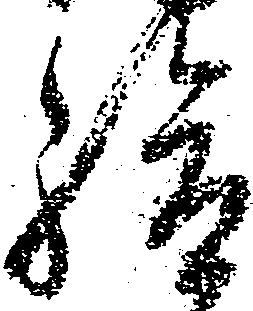
給